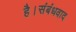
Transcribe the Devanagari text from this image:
है।संबंधवाद